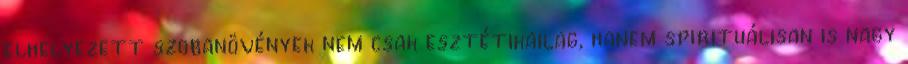
elhelyezett szobanövények nem csak esztétikailag, hanem spirituálisan is nagy